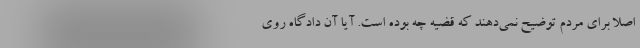
اصلا برای مردم توضیح نمی‌دهند که قضیه چه بوده است. آیا آن دادگاه روی